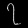
Digit: ၇